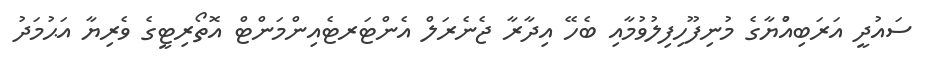
ސައުދީ އަރަބިއްުޔާގެ މުނިފޫހިފިލުވުމާއި ބެހޭ އިދާރާ ޖެނެރަލް އެންޓަރޓެއިންމަންޓް އޮތޯރިޓީގެ ވެރިޔާ އަޙުމަދު